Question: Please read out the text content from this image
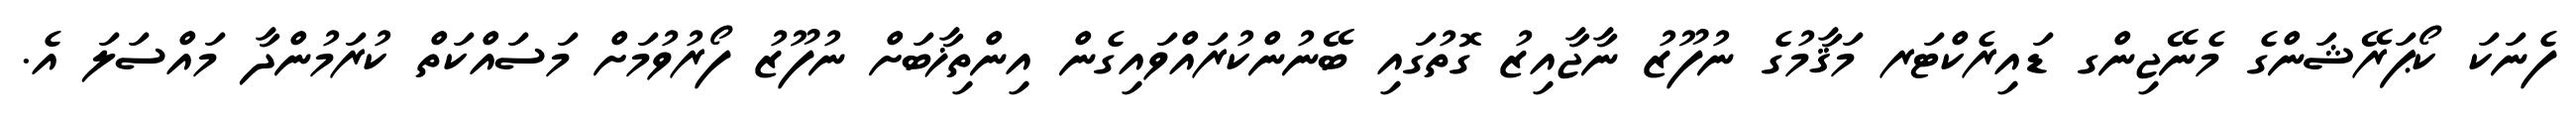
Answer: ފެނަކަ ކޯޕަރޭޝަންގެ މެނޭޖިންގ ޑައިރެކްޓަރ މަޤާމުގެ ނުފޫޒު ނާޖާއިޒު ގޮތުގައި ބޭނުންކުރައްވައިގެން އިންތިޚާބަށް ނުފޫޒު ފޯރުވުމަށް މަސައްކަތް ކުރަމުންދާ މައްސަލަ އެ.